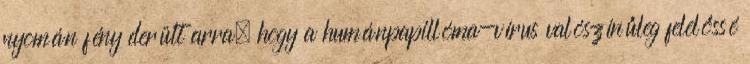
nyomán fény derült arra, hogy a humánpapillóma-vírus valószínűleg felelőssé